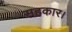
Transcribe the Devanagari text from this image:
सहकार।